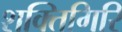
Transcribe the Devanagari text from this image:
शक्तिगिरि